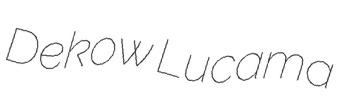
Dekow Lucama